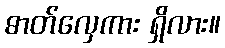
ဓာတ်လှေကား ရှိလား။